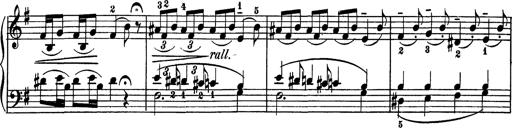
Title: AnnÃ©es de pÃ¨lerinage I
Composer: Franz Liszt